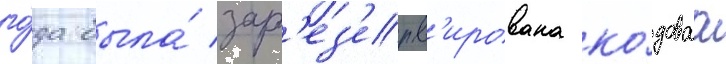
го́да была́ зар'ез'ерв'ирована ко́доваа